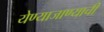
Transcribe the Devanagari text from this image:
येण्याजाण्याची